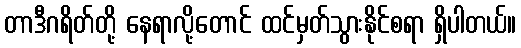
တာဒီဂရိတ်တို့ နေရာလို့တောင် ထင်မှတ်သွားနိုင်စရာ ရှိပါတယ်။